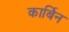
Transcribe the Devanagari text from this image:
कार्बिन